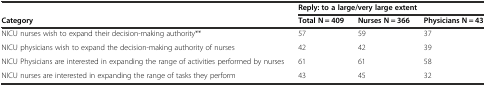
<table><thead><tr><td></td><td colspan="3"><b>Reply: to a large/very large extent</b></td></tr><tr><td><b>Category</b></td><td><b>Total N = 409</b></td><td><b>Nurses N = 366</b></td><td><b>Physicians N = 43</b></td></tr></thead><tbody><tr><td>NICU nurses wish to expand their decision-making authority**</td><td>57</td><td>59</td><td>37</td></tr><tr><td>NICU physicians wish to expand the decision-making authority of nurses</td><td>42</td><td>42</td><td>39</td></tr><tr><td>NICU Physicians are interested in expanding the range of activities performed by nurses</td><td>61</td><td>61</td><td>58</td></tr><tr><td>NICU nurses are interested in expanding the range of tasks they perform</td><td>43</td><td>45</td><td>32</td></tr></tbody></table>